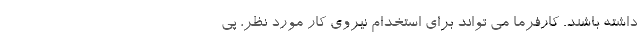
داشته باشند. کارفرما می تواند برای استخدام نیروی کار مورد نظر، پی